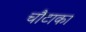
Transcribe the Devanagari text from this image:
चौटाका